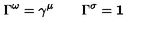
\/ \Gamma ^ { \omega } = \gamma ^ { \mu } \qquad \/ \Gamma ^ { \sigma } = { \bf 1 }